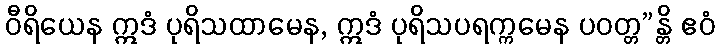
ဝီရိယေန ဣဒံ ပုရိသထာမေန, ဣဒံ ပုရိသပရက္ကမေန ပဝတ္တ”န္တိ ဧဝံ